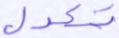
تعدل